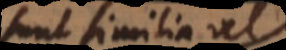
sunt similia vel